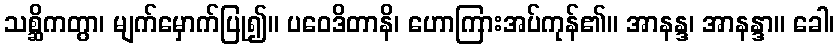
သစ္ဆိကတွာ၊ မျက်မှောက်ပြု၍။ ပဝေဒိတာနိ၊ ဟောကြားအပ်ကုန်၏။ အာနန္ဒ၊ အာနန္ဒာ။ ခေါ၊